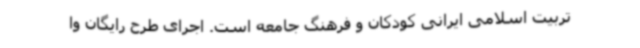
تربیت اسلامی ایرانی کودکان و فرهنگ جامعه است. اجرای طرح رایگان وا